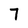
Character: 7